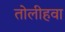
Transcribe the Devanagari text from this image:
तोलीहवा